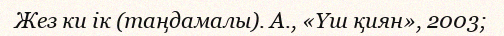
Жез ки ік (таңдамалы). А., «Үш қиян», 2003;